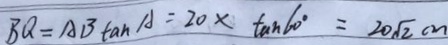
B Q = A B \tan A = 2 0 \times \tan 6 0 ^ { \circ } = 2 0 \sqrt { 2 } c m